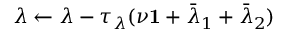
\lambda \leftarrow \lambda - \tau _ { \lambda } ( \nu \mathbf { 1 } + \bar { \lambda } _ { 1 } + \bar { \lambda } _ { 2 } )